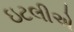
ઇટલીએ